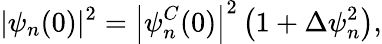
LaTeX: |\psi_{n}(0)|^{2}=\left|\psi_{n}^{C}(0)\right|^{2}\left(1+\Delta\psi_{n}^{2}\right),